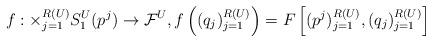
LaTeX: \begin{align*}f:\times_{j=1}^{R(U)} S^U_1(p^j)\to \mathcal{F}^{U}, f\left((q_j)_{j=1}^{R(U)}\right)=F\left[(p^j)_{j=1}^{R(U)},(q_j)_{j=1}^{R(U)}\right]\end{align*}